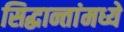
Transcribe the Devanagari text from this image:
सिद्धान्तांमध्ये